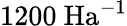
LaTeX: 1200\ \mathrm{Ha}^{-1}